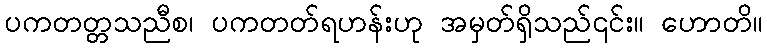
ပကတတ္တသညီစ၊ ပကတတ်ရဟန်းဟု အမှတ်ရှိသည်၎င်း။ ဟောတိ။